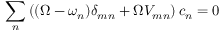
\sum _ { n } \left( ( \Omega - \omega _ { n } ) \delta _ { m n } + \Omega V _ { m n } \right) c _ { n } = 0